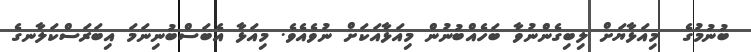
ބުނުމުގެ  މިއަޅާޔަށް ލިބިގެންނުވާ ބަހެއްބުނުން މިއަޅާއަކަށް ނުވެއެވެ. މިއަޅާ އެބަސްބުނިނަމަ އިބަރަސްކަލާނގެ